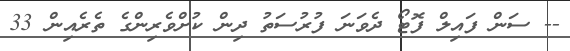
-- ސަން ފައިލް ފޮޓޯ ދެވަނަ ފުރުސަތު ދިން ކުށްވެރިންގެ ތެރެއިން 33